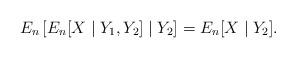
LaTeX: \begin{align*} E_n\left[ E_n[X \mid Y_1,Y_2] \mid Y_2 \right] = E_n[X \mid Y_2].\end{align*}